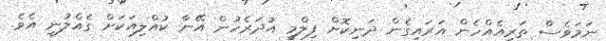
ނަމަވެސް ތަރިއެއްހެން އަރައިގެން ދަނިކޮށް ފިލްމީ އުދަރެހުން އޭނާ ކުއްލިއަކަށް ގެއްލުނީ އެވެ.